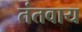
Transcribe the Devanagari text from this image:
तंतवाय